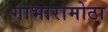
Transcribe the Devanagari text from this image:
गाभारामोठा